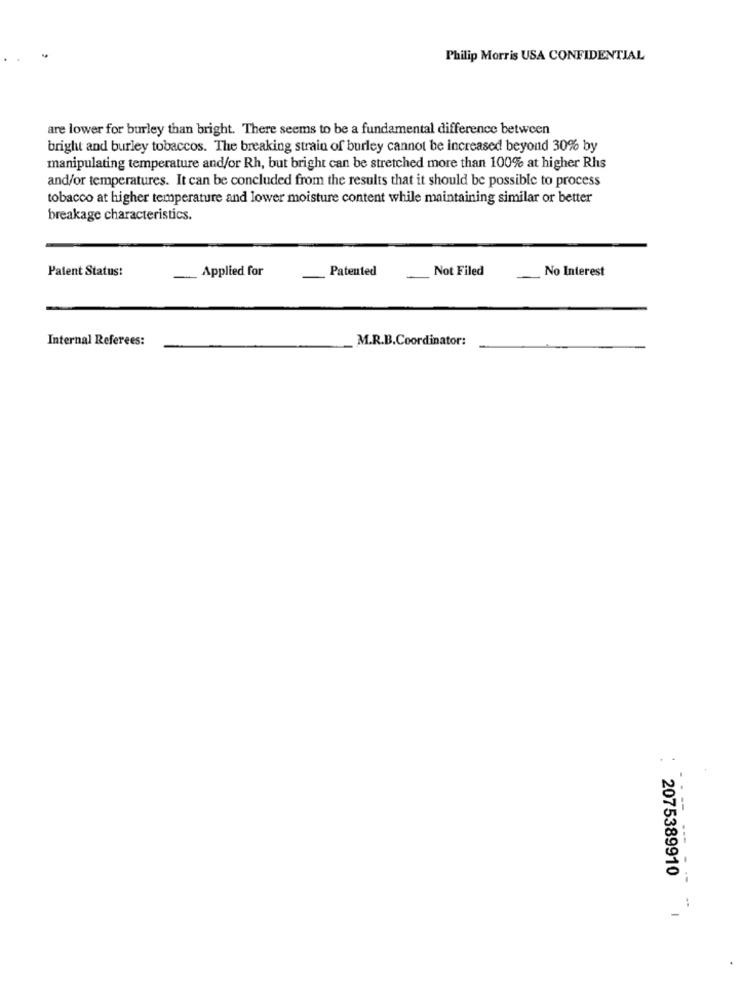
Philip Morris USA CONFIDENTIAL
are lower for burley than bright. There seems to be a fundamental difference between
bright and burley tobaccos. The breaking strain of burley cannot be increased beyond 30% by
manipulating temperature and/or Rh, but bright can be stretched more than 100% at higher Rhs
and/or temperatures. It can be concluded from the results that it should be possible to process
tobacco at higher temperature and lower moisture content while maintaining similar or better
breakage characteristics.
Patent Status:
- Applied for
Patented
Not Filed
No Interest
Internal Referees:
M.R.B.Coordinator:
--
---
2075389910